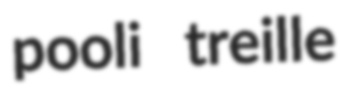
pooli treille